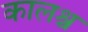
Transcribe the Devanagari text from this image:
कालश्च